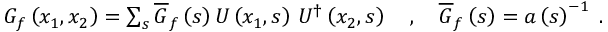
\begin{array} { r } { G _ { f } \left( x _ { 1 } , x _ { 2 } \right) = \sum _ { s } \overline { { G } } _ { f } \left( s \right) U \left( x _ { 1 } , s \right) \, U ^ { \dag } \left( x _ { 2 } , s \right) \quad , \quad \overline { { G } } _ { f } \left( s \right) = a \left( s \right) ^ { - 1 } \; . } \end{array}